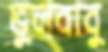
ভুলবাবু